Civil Veterinary Dept. Assam report 1911-1927 - 1911-1927
Year: 1911
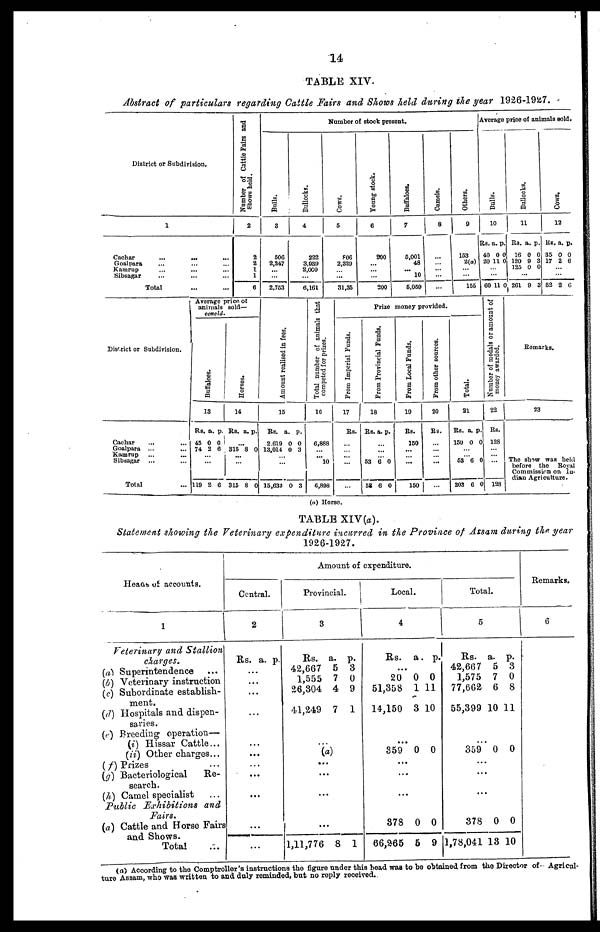
14
TABLE XIV.
Abstract of particulars regarding Cattle Fairs and Shows held during the year 1926-1927.
District or Subdivision.
1
Cachar
...
... …
Goalpara … … …
Kamrup … … …
Sibsagar … … …
Total … …
Number of Cattle Fairs and
Shows held.
2
2
2
1
1
6
Number of stock present.
Bulls.
3
606
2,247
…
…
2,753
Bullocks.
4
222
3,039
2,000
…
6,161
Cows.
5
806
2,329
…
…
31,35
Young stock.
6
200
…
…
…
200
Buffaloes.
7
5,001
48
... 10
6,059
Camels.
8
…
…
…
...
...
Others.
9
153
2(a)
… ...
155
Average price of animals sold.
Bulls.
10
Rs. a. p.
40 0 0
20 11 0
…
60 11 0
Bullocks.
11
Rs. a. p.
16 0 0
120 9 3
125 0 0
...
261 9 3
Cows.
12
lis. a. p.
35 0 0
17 2 6
…
…
52 2 6
District or Subdivision.
Cachar
... …
Goalpara ... …
Kamrup … …
Sibsagar … …
Total …
Average price of
animals sold—
concld.
Buffaloes.
13
Rs. a. p.
45 0 0
74 2 6
…
…
119 2 6
Horses.
14
Rs. a. p.
...
315 8 0
…
…
315 8 0
Amo u n t r e a l i s e d in fees.
15
Rs. a. p.
2.619 0 0
13,014 0 3
…
…
15,633 0 3
Total number of animals that
competed for prizes.
16
6,888
…
…
10
6,898
Prize money provided.
From Imperial Funds.
17
Rs.
…
…
…
…
From Provincial Funds.
18
Rs. a. p.
... …
53 6 0
58 6 0
From Local Funds.
19
Rs.
150
…
…
…
150
From other sources.
20
Rs.
…
…
…
...
Total.
21
Rs. a. p.
150 0 0
…
…
53 6 0
203 6 0
Number of medals or amount of
money awarded.
22
Rs.
128
…
…
…
128
Remarks.
23
The show was held
before the Royal
Commission on In-
dian Agriculture.
(a) Horse.
TABLE XIV(a).
Statement showing the Veterinary expenditure incurred in the Province of Assam during the year
1926-1927.
Heads, of accounts.
1
Veterinary and Stallion
charges.
(a) Superintendence …
(b) Veterinary instruction
(c) Subordinate establish-
ment.
(d) Hospitals and dispen-
saries.
(e) Breeding operation—
(i) Hissar Cattle ...
(ii) Other charges ...
(f) Prizes …
(g) Bacteriological
Re-
search.
(h) Camel specialist …
Public Exhibitions
and
Fairs.
(a) Cattle and Horse Fairs
and Shows.
Total …
Amount of expenditure.
Central.
2
Rs. a. p.
…
...
...
…
…
...
…
...
...
...
...
Provincial.
3
Rs. a. p.
42,667 5 3
1,555 7 0
26,304 4 9
41,249 7 1
…
(a)
…
...
...
...
1,11,776 8 1
Local.
4
Its. a. p.
...
20 0 0
51,358 1 11
14,150 3 10
...
359 0 0
...
...
...
378 0 0
66,265 5 9
Total.
5
Rs. a. p.
42,667 5 3
1,575 7 0
77,662 6 8
55,399 10 11
...
359 0 0
...
...
...
378 0 0
1,78,041 13 10
Remarks.
6
(a) According to the Comptroller's instructions the figure under this head was to be obtained from the Director of- Agricul-
ture Assam, who was written to and duly reminded, but no reply received.